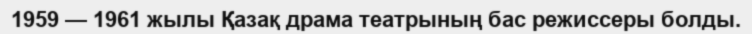
1959 — 1961 жылы Қазақ драма театрының бас режиссеры болды.